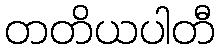
တတိယပါတီ